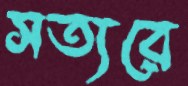
সত্যরে